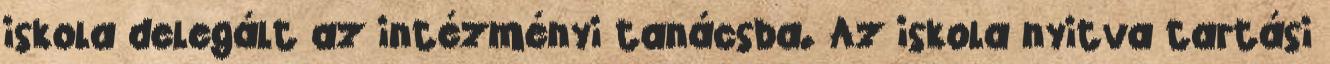
iskola delegált az intézményi tanácsba. Az iskola nyitva tartási